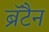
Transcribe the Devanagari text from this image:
ब्रॅटैन